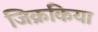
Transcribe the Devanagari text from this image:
जिक्रकिया